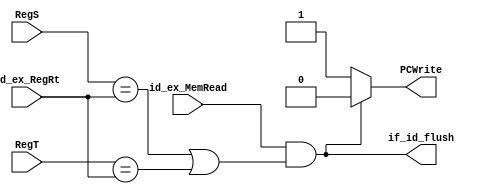
`timescale 1ns/1ns
module HazardUnit(RegS, RegT, 
		id_ex_MemRead, id_ex_RegRt, 
		PCWrite, if_id_flush);

	input[4:0] RegS, RegT, id_ex_RegRt;
	input id_ex_MemRead;
	output PCWrite,if_id_flush;

	wire result;

	assign result = (id_ex_MemRead == 1) && 
			( (RegS == id_ex_RegRt || RegT == id_ex_RegRt)) ? 0 : 1;

	assign PCWrite = result;
	assign if_id_flush = ~result;

endmodule